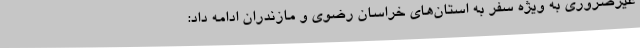
غیرضروری به ویژه سفر به استان‌های خراسان رضوی و مازندران ادامه داد: